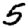
Digit: 5